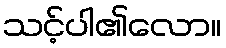
သင့်ပါ၏လော။